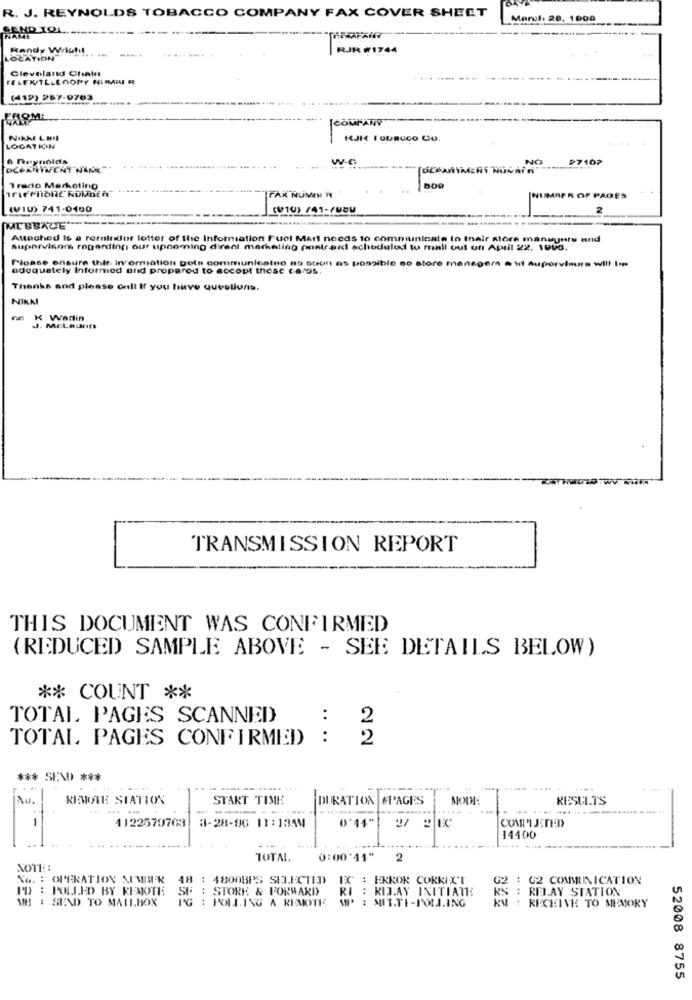
R. J. REYNOLDS TOBACCO COMPANY FAX COVER SHEET
Marul, 20, 1000
Randy Wright
RJR #1744
LOCATION
Cleveland Chain
TELEX/TELECOPY NUMAFR
(412) 267-0763
KJI I DUBUCO CO.
LOCATION
6 Reynolds
W-C
97102
7 rado Marketing
FAK NUMIN R
NUMBER OF PAGES
(V10) 741-0400
(010) /41-1080
Attached Is a refaitidiot lotter of the Information Fuel Mert needs to communicate in their store manegute and
Supervisors regarding our upcoming direel marketing postcard scheduled to mall out of April 22, 1993.
Please ensure thit Information gets communicates as soon as possible so store manager . ud auporvinurs will top
adequately Informed und propared to accept these cards.
Thanks and please call If you have questions.
NIKKI
Wadlin
J. MELHunn
TRANSMISSION REPORT
THIS DOCUMENT WAS CONFIRMED
(REDUCED SAMPLE ABOVE - SEE DETAILS BELOW)
** COUNT **
TOTAL PAGES SCANNED
:
2
TOTAL PAGES CONFIRMEED)
:
2
*** SEND ***
Au.
KINOTE STATION
START TIME
DURATION
EPAGES
MODI
RESULTS
... ... ...
1122570703
3-28-96 11:13AM
COMILJETED
0'44"
14400
TOTAL.
0:00:41"
2
NOTE ::
No. : OPERATION NIMIER
48
4800BPS SELECTED
: EKROK CORKIXT
G2 : 02 COMMUNICATION
I'D : PULLED BY REMOTE
: RIJAY INITIATE
KS : REJAY STATION
MB : SEND TO MAUL.BOX
SE : STORK & FORWARD
IG : POLLING A REMOTE
: MIT.TE-POLL.ING
KM : RECEIVE TO MEMORY
52008 8755